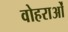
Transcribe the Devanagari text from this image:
वोहराओं